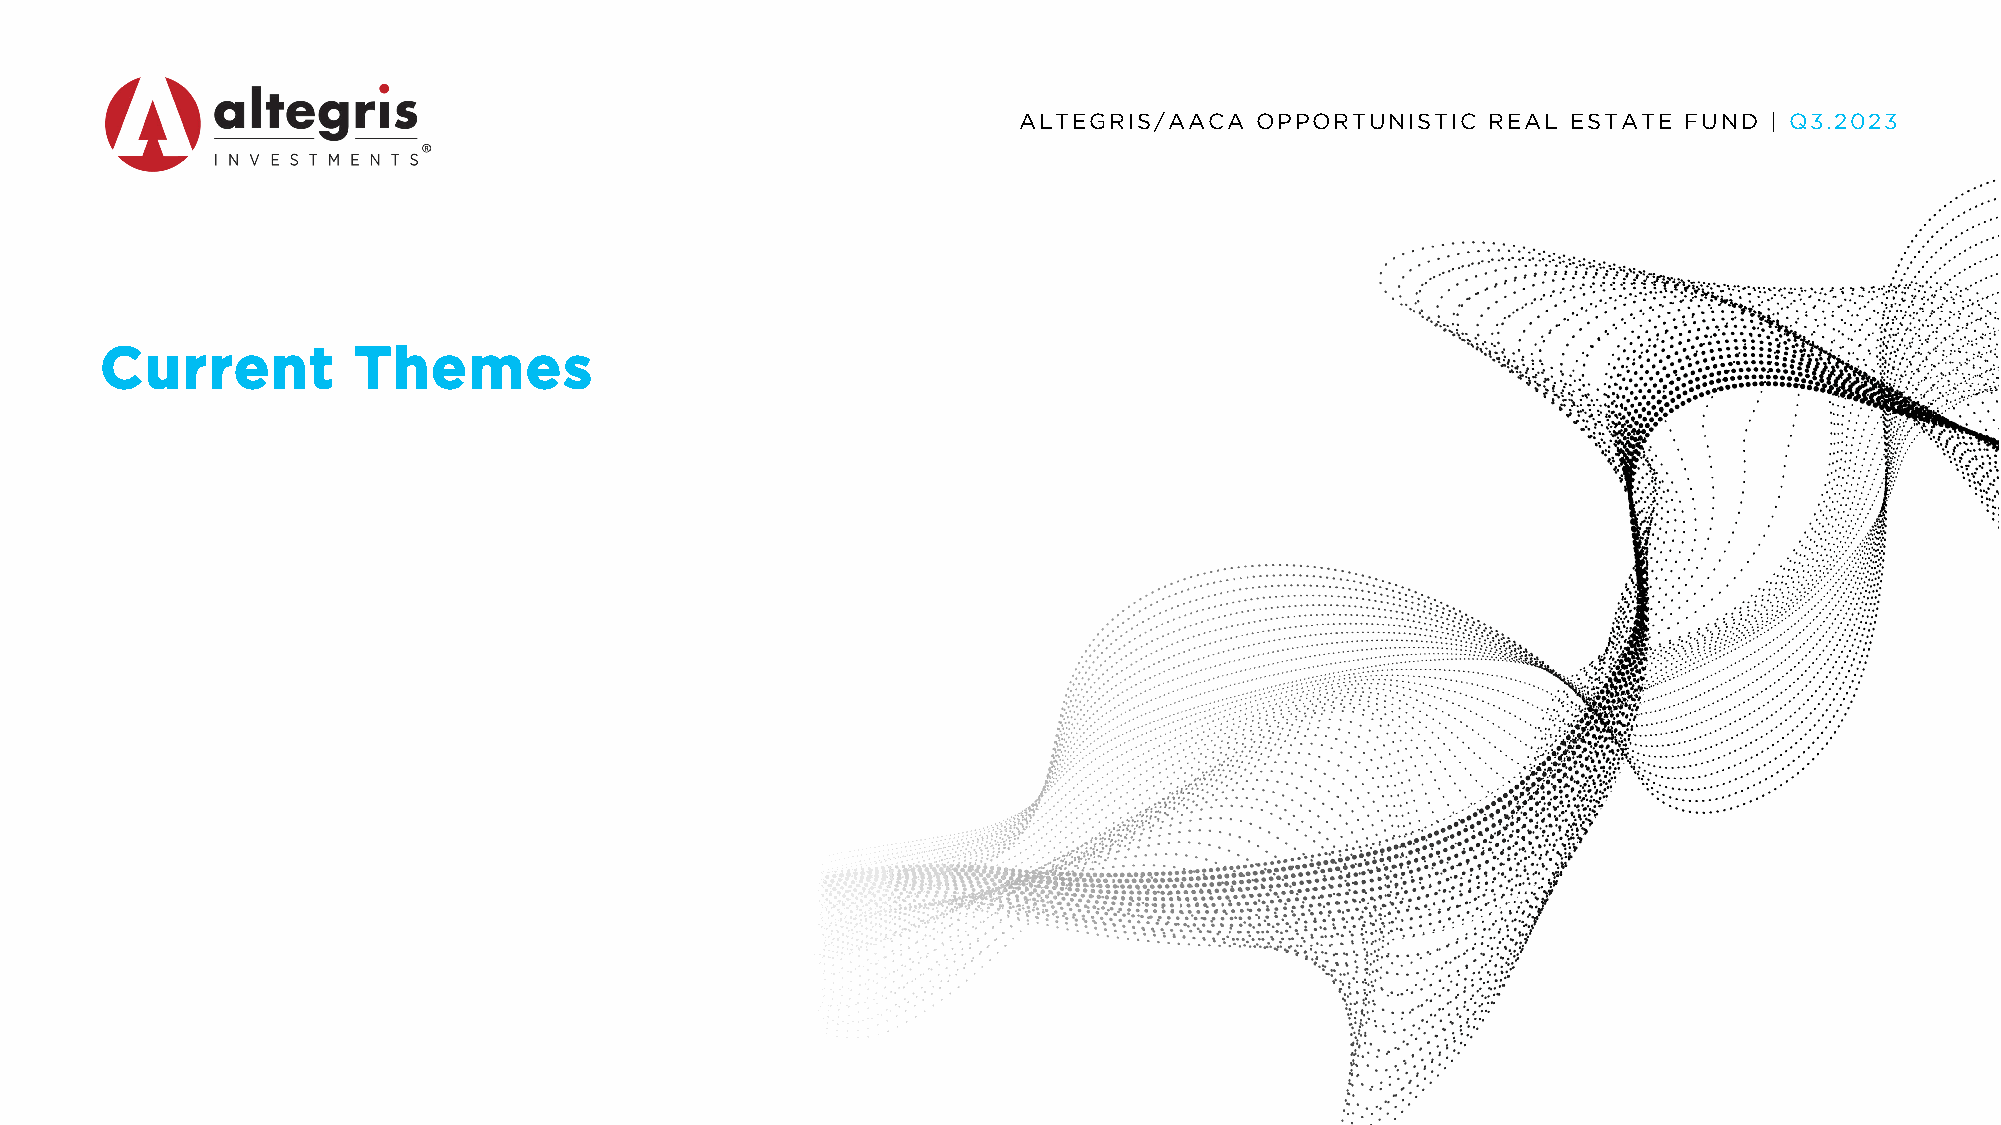
ALTEGRIS/AACA   OPPORTUNISTIC  REAL  ESTATE FUND  | Q3.2023
 Current         Themes